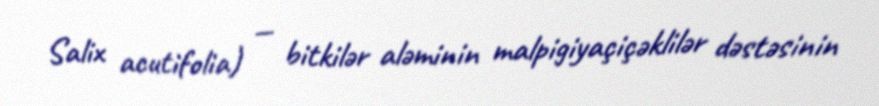
Salix acutifolia) — bitkilər aləminin malpigiyaçiçəklilər dəstəsinin